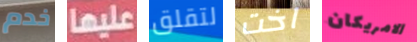
خدم عليها لتقلق اخت الامريكان